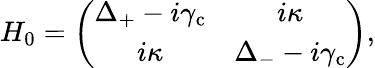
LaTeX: \begin{array}{r}{H_{\mathrm{0}}=\left(\begin{array}{cc}{\Delta_{\mathrm{+}}-i\gamma_{\mathrm{c}}}&{i\kappa}\\ {i\kappa}&{\Delta_{\mathrm{-}}-i\gamma_{\mathrm{c}}}\end{array}\right),}\end{array}